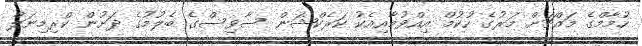
ހުމާމްގެ މައްޗަށް މަރުގެ ހުކުމް އިއްވުމާއިއެކު ކަރެކްޝަން ސާވިސްގެ ބެލުމުގެ ދަށުން ކްރިމިނަލް